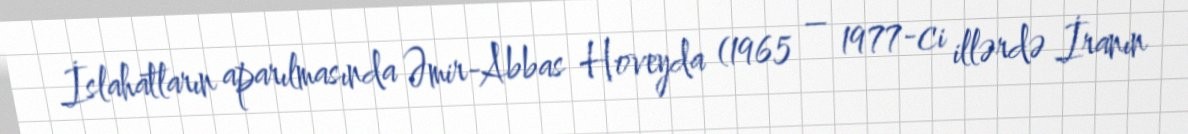
İslahatların aparılmasında Əmir-Abbas Hoveyda (1965 – 1977-ci illərdə İranın